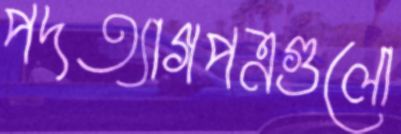
পদত্যাগপত্রগুলো